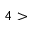
4 >